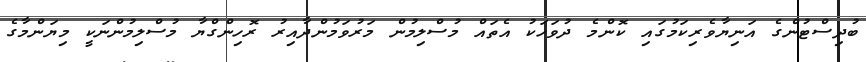
ބުދިސްޓުންގެ އަނިޔާވެރިކަމުގައި ކޮންމެ ދުވަހަކު އެތައް މުސްލިމުން މަރުވަމުންދާއިރު ރޮހިންގްޔާ މުސްލިމުންނަކީ މިޔަންމާގެ